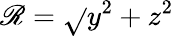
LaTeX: \mathscr{R}=\sqrt{}{{y^{2}+z^{2}}}